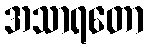
အသာရတော